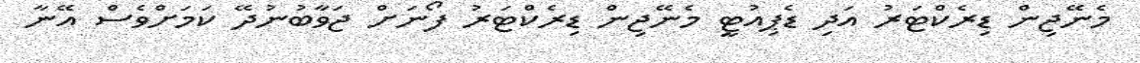
މެނޭޖިން ޑިރެކްޓަރު އަދި ޑެޕިއުޓީ މެނޭޖިން ޑިރެކްޓަރު ފޯނަށް ޖަވާބުނުދޭ ކަމަށްވެސް އޭނާ